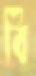
বি